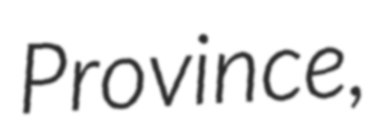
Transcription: Province,